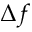
\Delta f